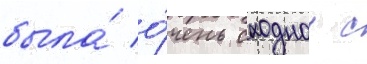
была́ о́чень сходнои с